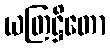
ယတြဋ္ဌိတော